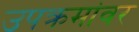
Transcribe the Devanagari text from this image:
उपक्रमांवर